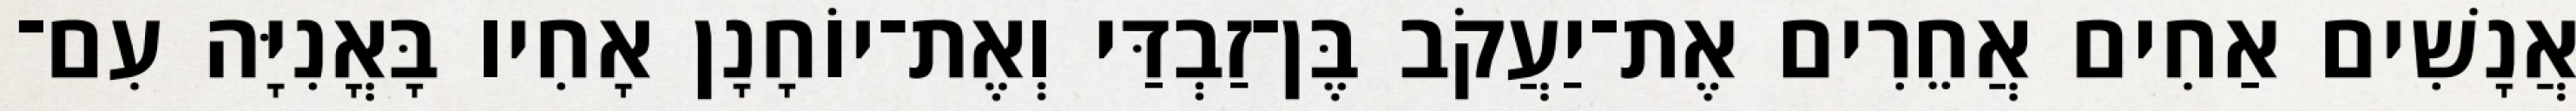
אֲנָשִׁים אַחִים אֲחֵרִים אֶת־יַעֲקֹב בֶּן־זַבְדַּי וְאֶת־יוֹחָנָן אָחִיו בָּאֳנִיָּה עִם־